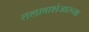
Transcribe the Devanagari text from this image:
तलावाशेजारच्या